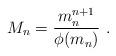
LaTeX: \begin{align*}M_n = \frac{m_n^{n+1}}{\phi(m_n)}\ .\end{align*}